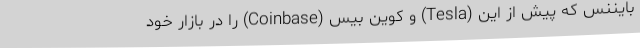
بایننس که پیش از این (Tesla) و کوین بیس (Coinbase) را در بازار خود